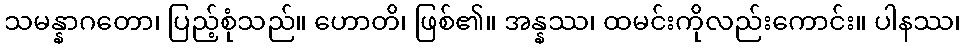
သမန္နာဂတော၊ ပြည့်စုံသည်။ ဟောတိ၊ ဖြစ်၏။ အန္နဿ၊ ထမင်းကိုလည်းကောင်း။ ပါနဿ၊